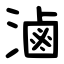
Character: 滷